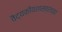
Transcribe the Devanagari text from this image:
वैद्यकीयशास्त्राच्या